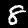
Label: 8